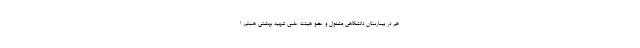
هم در بیمارستان دانشگاهی مشغول و عضو هیئت علمی شهید بهشتی هستم. ا